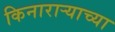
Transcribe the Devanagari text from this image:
किनाराऱ्याच्या